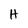
Character: H